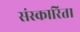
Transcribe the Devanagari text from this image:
संस्कारिता